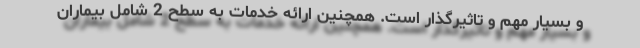
و بسیار مهم و تاثیرگذار است. همچنین ارائه خدمات به سطح 2 شامل بیماران